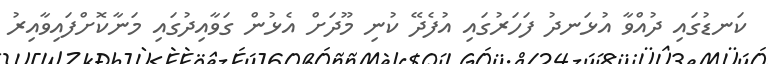
ކަނޑުގައި ދުއްވާ އުޅަނދު ފަހަރުގައި އުފެދޭ ކުނި މޫދަށް އެޅުން ގަވާއިދުގައި މަނާކޮށްފައިވާއިރު